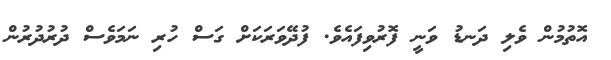
އޮތުމުން ވެލި ދަނޑު ވަނީ ފޮރުވިފައެވެ. ފުދޭވަރަކަށް ގަސް ހުރި ނަމަވެސް ދުރުދުރުން